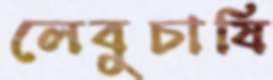
লেবুচাষি